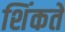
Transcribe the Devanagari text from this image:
शिंकते